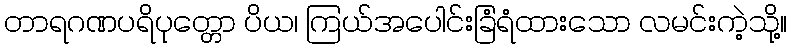
တာရဂဏပရိပုတ္တော ပိယ၊ ကြယ်အပေါင်းခြံရံထားသော လမင်းကဲ့သို့။